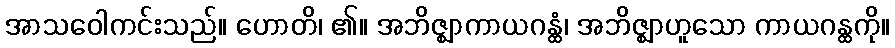
အာသဝေါကင်းသည်။ ဟောတိ၊ ၏။ အဘိဇ္ဈာကာယဂန္ထံ၊ အဘိဇ္ဈာဟူသော ကာယဂန္ထကို။